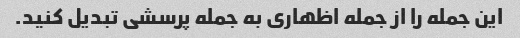
این جمله را از جمله اظهاری به جمله پرسشی تبدیل کنید.